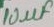
Text: 10µF